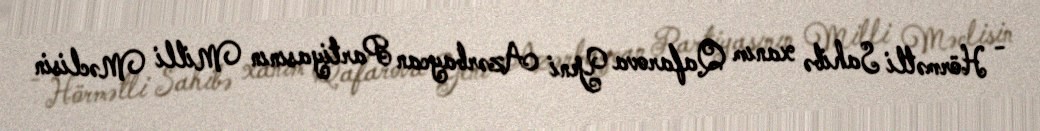
- Hörmətli Sahibə xanım Qafarova Yeni Azərbaycan Partiyasının Milli Məclisin